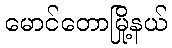
မောင်တောမြို့နယ်